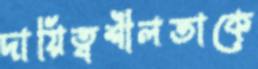
দায়িত্বশীলতাকে